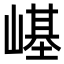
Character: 𡻸